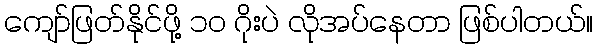
ကျော်ဖြတ်နိုင်ဖို့ ၁၀ ဂိုးပဲ လိုအပ်နေတာ ဖြစ်ပါတယ်။